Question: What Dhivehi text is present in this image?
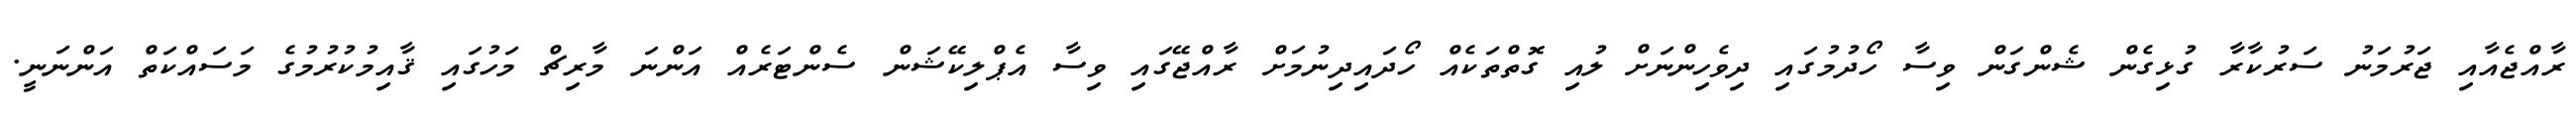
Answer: ރާއްޖެއާއި ޖަރުމަނު ސަރުކާރާ ގުޅިގެން ޝެންގަން ވިސާ ހޯދުމުގައި ދިވެހިންނަށް ލުއި ގޮތްތަކެއް ހޯދައިދިނުމަށް ރާއްޖޭގައި ވިސާ އެޕްލިކޭޝަން ސެންޓަރެއް އަންނަ މާރިޗް މަހުގައި ޤާއިމުކުރުމުގެ މަސައްކަތް އަންނަނީ.